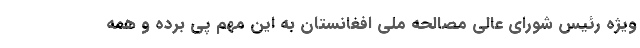
ویژه رئیس شورای عالی مصالحه ملی افغانستان به این مهم پی برده و همه